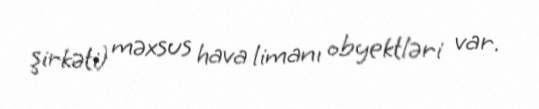
şirkəti) məxsus hava limanı obyektləri var.